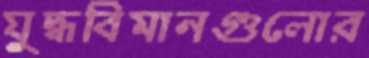
যুদ্ধবিমানগুলোর